Cholera in India, 1862 to 1881
Year: 1862
Disease focus: Cholera
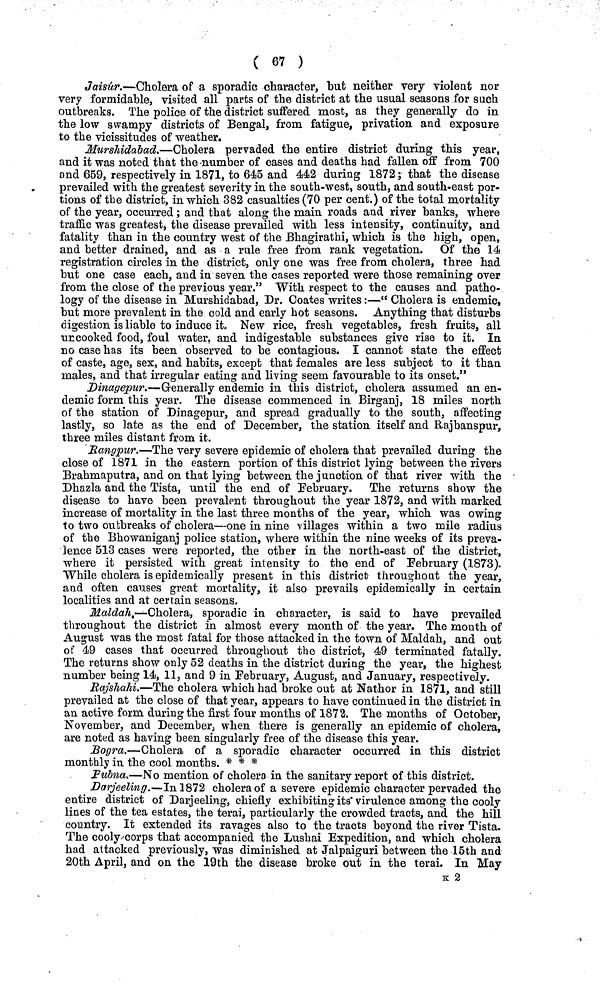
( 67 )
Jaisur.—Cholera of a sporadic character, but neither very violent nor
very formidable, visited all parts of the district at the usual seasons for such
outbreaks. The police of the district suffered most, as they generally do in
the low swampy districts of Bengal, from fatigue, privation and exposure
to the vicissitudes of weather.
Murshidabad.—Cholera pervaded the entire district during this year,
and it was noted that the number of cases and deaths had fallen off from 700
and 659, respectively in 1871, to 645 and 442 during 1872; that the disease
prevailed with the greatest severity in the south-west, south, and south-east por-
tions of the district, in which 382 casualties (70 per cent.) of the total mortality
of the year, occurred; and that along the main roads and river banks, where
traffic was greatest, the disease prevailed with less intensity, continuity, and
fatality than in the country west of the Bhagirathi, which is the high, open,
and better drained, and as a rule free from rank vegetation. Of the 14
registration circles in the district, only one was free from cholera, three had
but one case each, and in seven the cases reported were those remaining over
from the close of the previous year." With respect to the causes and patho-
logy of the disease in Murshidabad, Dr. Coates writes:—" Cholera is endemic,
but more prevalent in the cold and early hot seasons. Anything that disturbs
digestion is liable to induce it. New rice, fresh vegetables, fresh fruits, all
urcooked food, foul water, and indigestable substances give rise to it. In
no case has its been observed to be contagious. I cannot state the effect
of caste, age, sex, and habits, except that females are less subject to it than
males, and that irregular eating and living seem favourable to its onset."
Dinagepur.—Generally endemic in this district, cholera assumed an en-
demic form this year. The disease commenced in Birganj, 18 miles north
of the station of Dinagepur, and spread gradually to the south, affecting
lastly, so late as the end of December, the station itself and Rajbanspur,
three miles distant from it.
Rangpur.—The very severe epidemic of cholera that prevailed during the
close of 1871 in the eastern portion of this district lying between the rivers
Brahmaputra, and on that lying between the junction of that river with the
Dhazla and the Tista, until the end of February. The returns show the
disease to have been prevalent throughout the year 1872, and with marked
increase of mortality in the last three months of the year, which was owing
to two outbreaks of cholera—one in nine villages within a two mile radius
of the Bhowaniganj police station, where within the nine weeks of its preva-
lence 513 cases were reported, the other in the north-east of the district,
where it persisted with great intensity to the end of February (1873).
While cholera is epidemically present in this district throughout the year,
and often causes great mortality, it also prevails epidemically in certain
localities and at certain seasons.
Maldah,—Cholera, sporadic in character, is said to have prevailed
throughout the district in almost every month of the year. The month of
August was the most fatal for those attacked in the town of Maldah, and out
of 49 cases that occurred throughout the district, 49 terminated fatally.
The returns show only 52 deaths in the district during the year, the highest
number being 14, 11, and 9 in February, August, and January, respectively.
Rajshahi.—The cholera which had broke out at Nathor in 1871, and still
prevailed at the close of that year, appears to have continued in the district in
an active form during the first four months of 1872. The months of October,
November, and December; when there is generally an epidemic of cholera,
are noted as having been singularly free of the disease this year.
Bogra.—Cholera of a sporadic character occurred in this district
monthly in the cool months. * * *
Pubna.—No mention of cholera in the sanitary report of this district.
Darjeeling.—In 1872 cholera of a severe epidemic character pervaded the
entire district of Darjeeling, chiefly exhibiting its virulence among the cooly
lines of the tea estates, the terai, particularly the crowded tracts, and the hill
country. It extended its ravages also to the tracts beyond the river Tista.
The cooly corps that accompanied the Lushai Expedition, and which cholera
had attacked previously, was diminished at Jalpaiguri between the 15th and
20th April, and on the 19th the disease broke out in the terai. In May
K 2